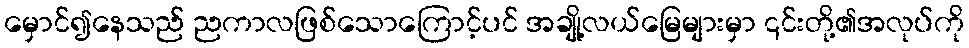
မှောင်၍နေသည် ညကာလဖြစ်သောကြောင့်ပင် အချို့လယ်မြေများမှာ ၎င်းတို့၏အလုပ်ကို